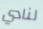
لنادي